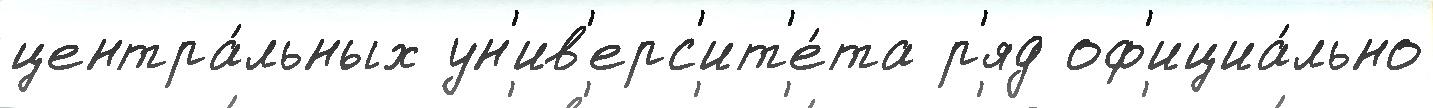
центра́льных ун'ив'ерс'ит'е́та р'яд оф'ициа́льно